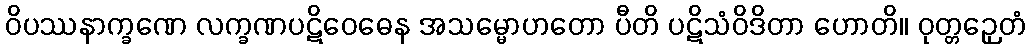
ဝိပဿနာက္ခဏေ လက္ခဏပဋိဝေဓေန အသမ္မောဟတော ပီတိ ပဋိသံဝိဒိတာ ဟောတိ။ ဝုတ္တဉှေတံ